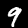
Label: 9